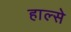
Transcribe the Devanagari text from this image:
हाल्से